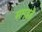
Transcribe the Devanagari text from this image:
समूहहै